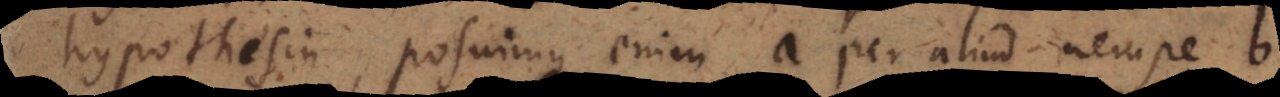
hypothesin, posuimus enim a per aliud nempe b